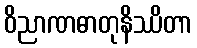
ဝိညာဏဓာတုနိဿိတာ